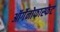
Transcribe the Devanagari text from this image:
ऑर्गेनोफास्फेट